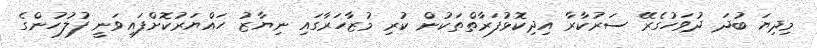
މިދިޔަ ބުދަ ދުވަހުގެރޭ ސަރުކާރާ އިދިކޮޅުފަރާތްތަކުން ކުރި މުޒާހަރާގައި ނިޔާޒު ހައްޔަރުކޮށްފައިވަނީ ފުލުހުންގެ